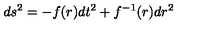
d s ^ { 2 } = - f ( r ) d t ^ { 2 } + f ^ { - 1 } ( r ) d r ^ { 2 }